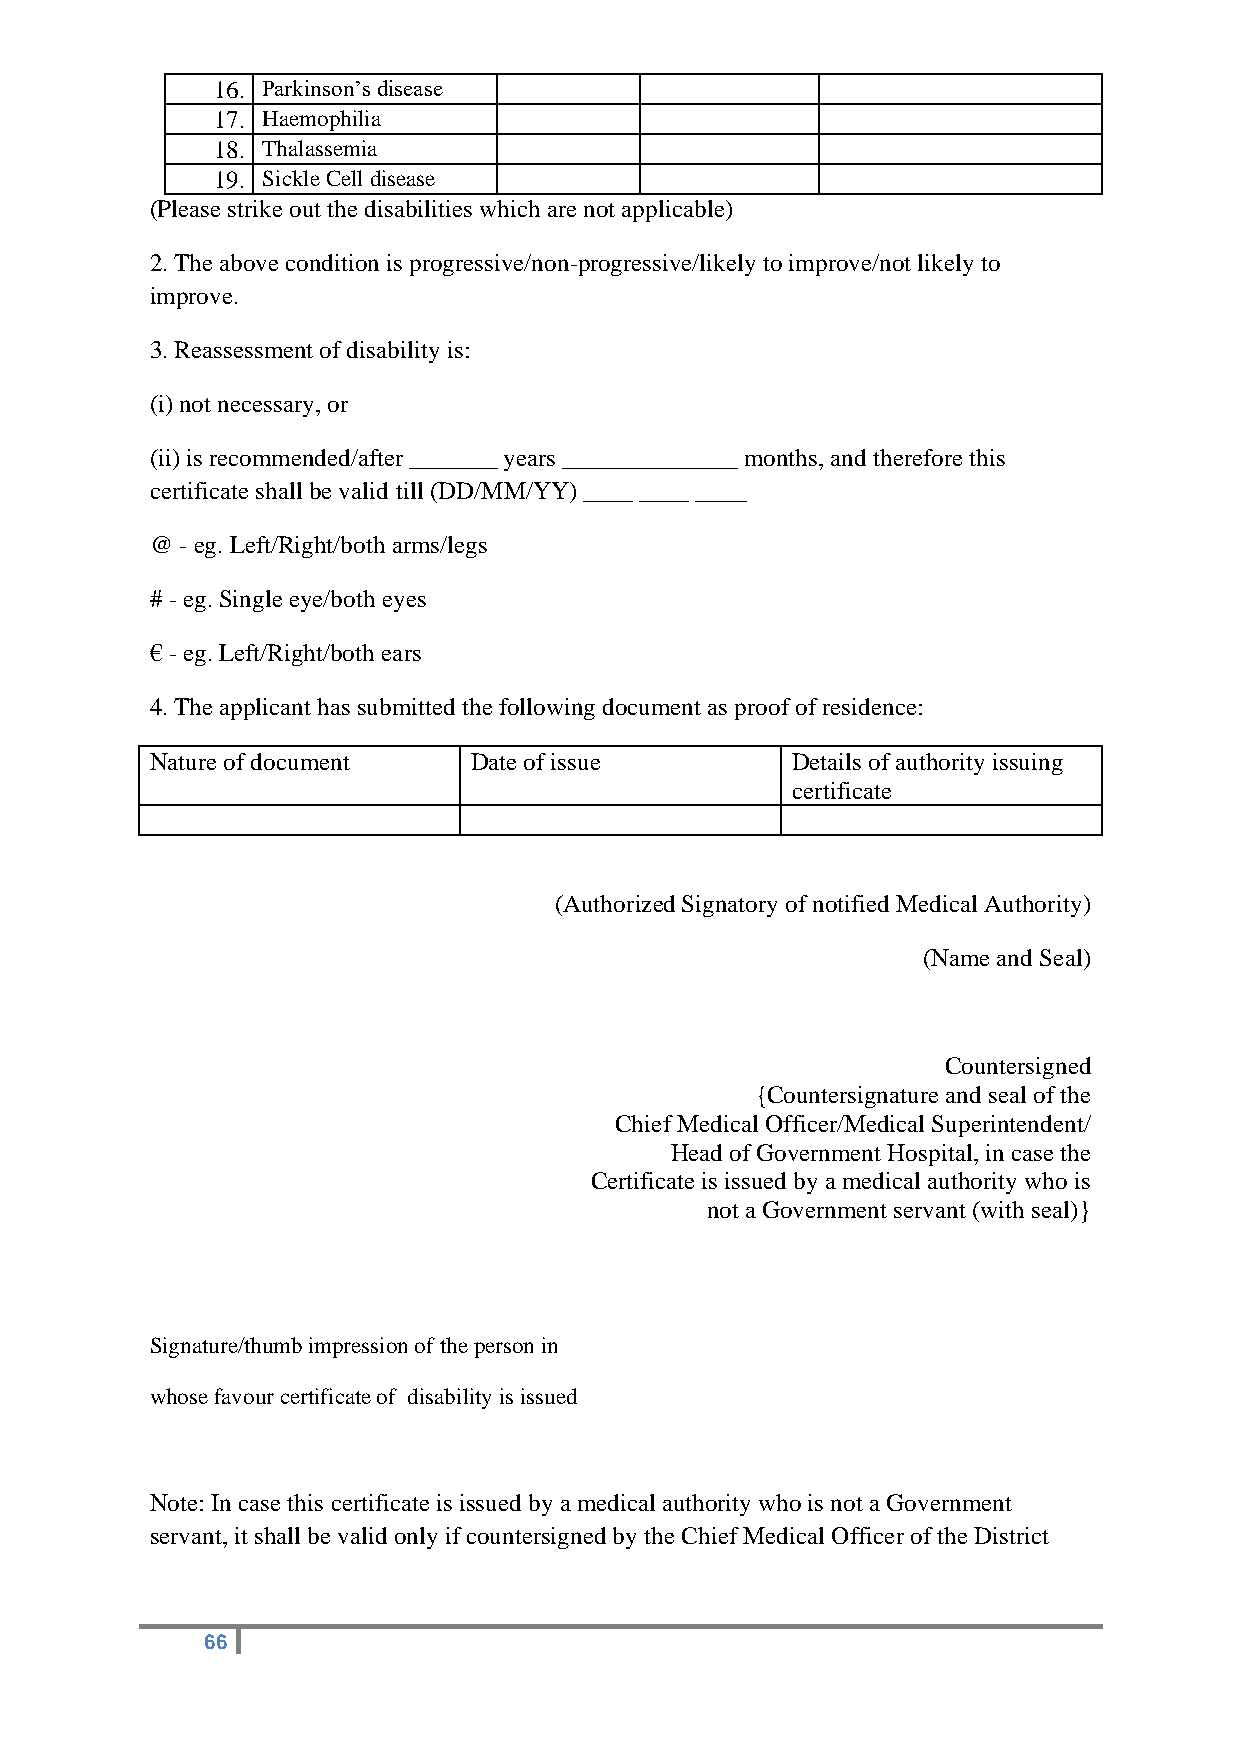
16. Parkinson’s disease
 17. Haemophilia
 18. Thalassemia
 19. Sickle Cell disease
 (Please strike out the disabilities which are not applicable)
 2. The above condition is progressive/non-progressive/likely to improve/not likely to
 improve.
 3. Reassessment of disability is:
 (i) not necessary, or
 (ii) is recommended/after _______ years ______________ months, and therefore this
 certificate shall be valid till (DD/MM/YY) ____ ____ ____
 @ - eg. Left/Right/both arms/legs
 # - eg. Single eye/both eyes
 € - eg. Left/Right/both ears
 4. The applicant has submitted the following document as proof of residence:
 Nature of document   Date of issue        Details of authority issuing
 certificate
 (Authorized Signatory of notified Medical Authority)
 (Name and Seal)
 Countersigned
 {Countersignature and seal of the
 Chief Medical Officer/Medical Superintendent/
 Head of Government Hospital, in case the
 Certificate is issued by a medical authority who is
 not a Government servant (with seal)}
 Signature/thumb impression of the person in
 whose favour certificate of disability is issued
 Note: In case this certificate is issued by a medical authority who is not a Government
 servant, it shall be valid only if countersigned by the Chief Medical Officer of the District
 66